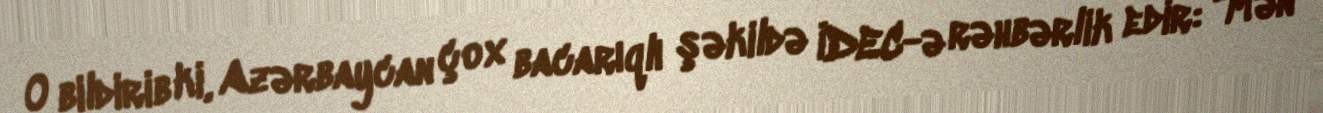
O bildirib ki, Azərbaycan çox bacarıqlı şəkildə İDEC-ə rəhbərlik edir: "Mən